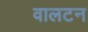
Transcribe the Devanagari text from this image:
वालटन